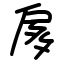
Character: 扅